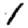
Digit: 1